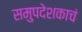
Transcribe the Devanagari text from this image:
समुपदेशकाचं